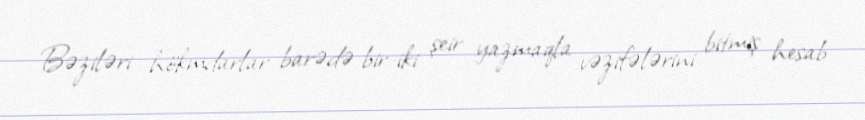
Bəziləri hökmdarlar barədə bir-iki şeir yazmaqla vəzifələrini bitmiş hesab